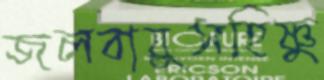
জলবায়ুসহিষ্ণু